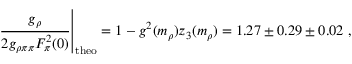
\left. \frac { g _ { \rho } } { 2 g _ { \rho \pi \pi } F _ { \pi } ^ { 2 } ( 0 ) } \right\vert _ { \mathrm { t h e o } } = 1 - g ^ { 2 } ( m _ { \rho } ) z _ { 3 } ( m _ { \rho } ) = 1 . 2 7 \pm 0 . 2 9 \pm 0 . 0 2 \ ,